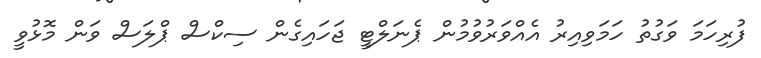
ފުރިހަމަ ވަގުތު ހަމަވިއިރު އެއްވަރުވުމުން ޕެނަލްޓީ ޖަހައިގެން ސިކްސް ޕްލަސް ވަން މޮޅުވީ